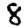
Digit: 8